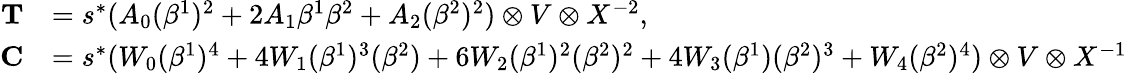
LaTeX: \begin{array}{rl}{\mathbf{T}}&{=s^{*}(A_{0}(\beta^{1})^{2}+2A_{1}\beta^{1}\beta^{2}+A_{2}(\beta^{2})^{2})\otimes V\otimes X^{-2},}\\ {\mathbf{C}}&{=s^{*}(W_{0}(\beta^{1})^{4}+4W_{1}(\beta^{1})^{3}(\beta^{2})+6W_{2}(\beta^{1})^{2}(\beta^{2})^{2}+4W_{3}(\beta^{1})(\beta^{2})^{3}+W_{4}(\beta^{2})^{4})\otimes V\otimes X^{-1}}\end{array}